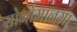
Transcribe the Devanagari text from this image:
सोनोमानमा